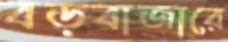
বড়বাজারে